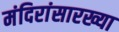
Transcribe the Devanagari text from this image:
मंदिरांसारख्या